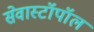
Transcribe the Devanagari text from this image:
सेवास्टॉपॉल